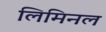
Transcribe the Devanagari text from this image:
लिमिनल